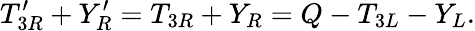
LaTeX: T_{3R}^{\prime}+Y_{R}^{\prime}=T_{3R}+Y_{R}=Q-T_{3L}-Y_{L}.